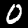
Label: 0